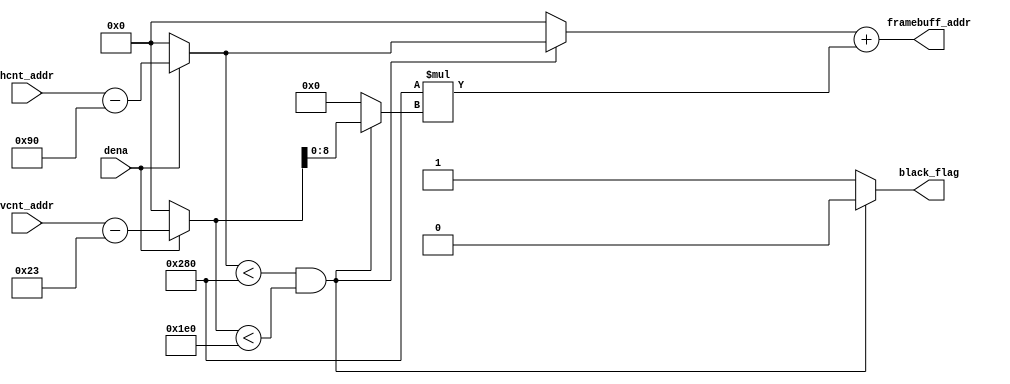
// this unit is made for Sockit board
// address generation filter
// the idea here is that we allow input address to pass if Display_EN = 1
// >> also the frame buffer will be viewed in its original resolution 640x480 
// >> all pixels outside this resolution will be zeros

// It's recommended that the color value of the first address of the frame buffer to be zeros

// black_flag signal is used to indicate that o/p color = zeros

module addr_gen_filter3 (hcnt_addr, vcnt_addr, dena, framebuff_addr, black_flag);
input [9:0] hcnt_addr;
input [9:0] vcnt_addr;
input dena;
output [18:0] framebuff_addr;
output black_flag;

reg [9:0]  vcnt_var;
reg [9:0]  hcnt_var; 
reg [18:0] framebuff_addr;
reg [9:0] y;
reg [9:0] x;
reg black_flag;

always @(*)
begin
	if(dena)
		begin 
			hcnt_var = hcnt_addr - 144;
			vcnt_var = vcnt_addr - 35;
		end
	else
		begin
			hcnt_var = 0;
			vcnt_var = 0;
		end
end 

always @(*)
begin
			// making sure that hcnt_var will not exceed 640
			// and vcnt_var will not exceed 480
		if((hcnt_var < 640) && (vcnt_var < 480))
			begin
				x = (hcnt_var[9:0]);  //x = hcnt_var;
				y = (vcnt_var[8:0]);  //y = vcnt_var;
				black_flag = 1'b0;
			end
		else
			begin
				x = 0;
				y = 0;
				black_flag = 1'b1;
			end
		
	framebuff_addr = x + 640 *(y);
end
endmodule